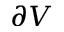
\partial V